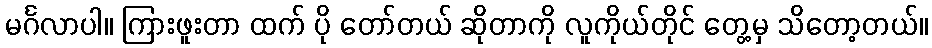
မင်္ဂလာပါ။ ကြားဖူးတာ ထက် ပို တော်တယ် ဆိုတာကို လူကိုယ်တိုင် တွေ့မှ သိတော့တယ်။